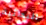
البدائية